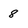
Character: 8